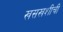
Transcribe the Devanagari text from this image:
खसखशीची